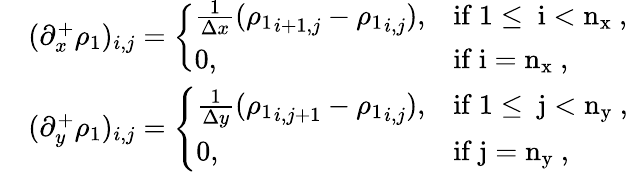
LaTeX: \begin{array}{rl}&{(\partial_{x}^{+}\rho_{1})_{i,j}=\left\{ \begin{array}{ll}{\frac{1}{\Delta x}({\rho_{1}}_{i+1,j}-{\rho_{1}}_{i,j}),}&{\mathrm{if~1\leq~i<n_x~},}\\ {0,}&{\mathrm{if~i=n_x~},}\end{array}\right.}\\ &{(\partial_{y}^{+}{\rho_{1}})_{i,j}=\left\{ \begin{array}{ll}{\frac{1}{\Delta y}({\rho_{1}}_{i,j+1}-{\rho_{1}}_{i,j}),}&{\mathrm{if~1\leq~j<n_y~},}\\ {0,}&{\mathrm{if~j=n_y~},}\end{array}\right.}\end{array}